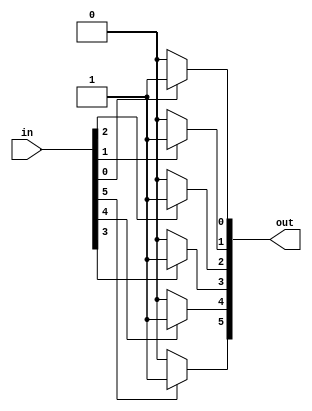
module Led(output reg [5:0] out, input [5:0] in);

always @(in)
begin
	if(in[0]) out[0]=1;
	else out[0]=0;
	if(in[1]) out[1]=1;
	else out[1]=0;
	if(in[2]) out[2]=1;
	else out[2]=0;
	if(in[3]) out[3]=1;
	else out[3]=0;
	if(in[4]) out[4]=1;
	else out[4]=0;
	if(in[5]) out[5]=1;
	else out[5]=0;
end
endmodule